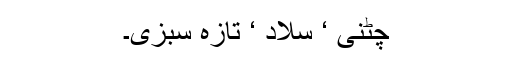
چٹنی ‘ سلاد ‘ تازہ سبزی۔